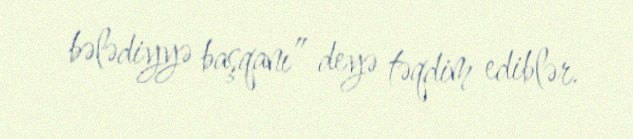
bələdiyyə başqanı” deyə təqdim ediblər.